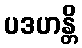
ပဒဟန္တိ